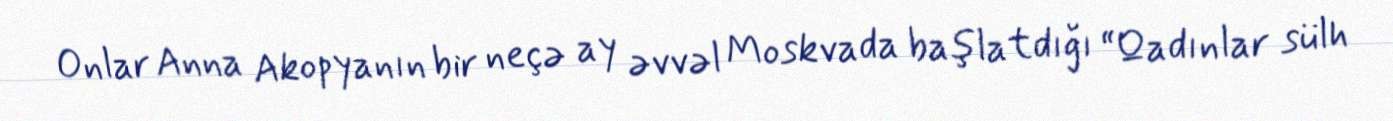
Onlar Anna Akopyanın bir neçə ay əvvəl Moskvada başlatdığı “Qadınlar sülh